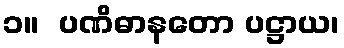
၁။  ပဏိဓာနတော ပဋ္ဌာယ၊